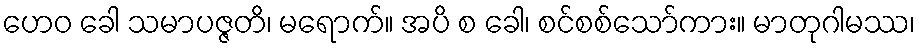
ဟေဝ ခေါ သမာပဇ္ဇတိ၊ မရောက်။ အပိ စ ခေါ၊ စင်စစ်သော်ကား။ မာတုဂါမဿ၊